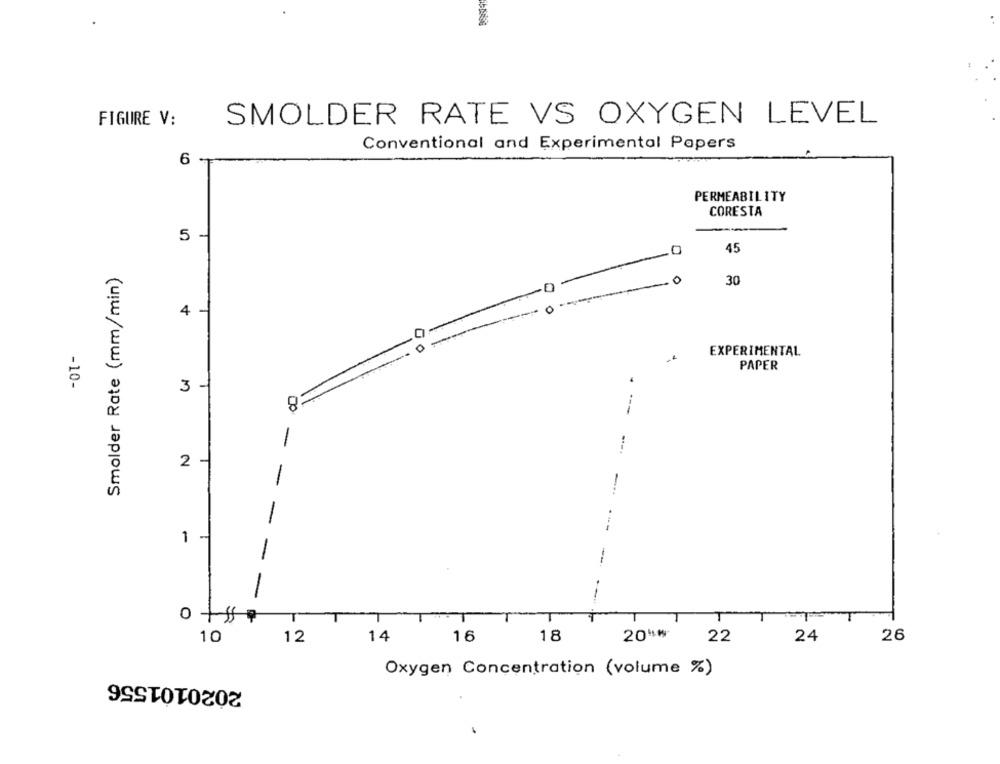
FIGURE V:
SMOLDER RATE VS OXYGEN LEVEL
Conventional and Experimental Papers
6
PERMEABILITY
CORESTA
5
45
Smolder Rate (mm/min)
-
0
30
4
0
EXPERIMENTAL
PAPER
-10-
3
-
2
-
-
1
-
-
10
12
14
16
18
20"₩
22
24
26
Oxygen Concentration (volume %)
2020101556
.